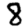
Digit: 8